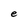
Character: e